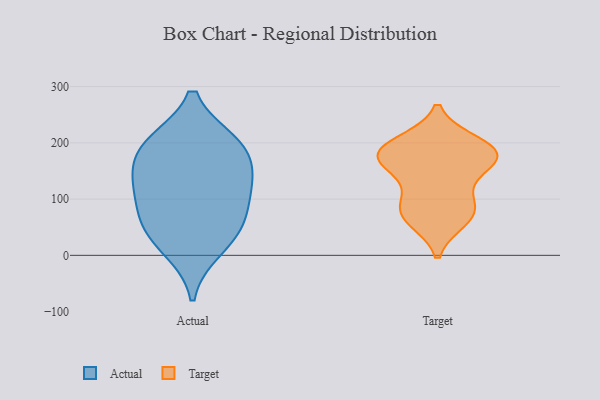
{"axis": {"x": "Page Views", "y": "Value"}, "legend": ["Actual", "Target"], "data": [{"x": "", "y": 200, "type": "Actual"}, {"x": "", "y": 124, "type": "Actual"}, {"x": "", "y": 143, "type": "Actual"}, {"x": "", "y": 77, "type": "Actual"}, {"x": "", "y": 61, "type": "Actual"}, {"x": "", "y": 40, "type": "Actual"}, {"x": "", "y": 11, "type": "Actual"}, {"x": "", "y": 191, "type": "Actual"}, {"x": "", "y": 199, "type": "Actual"}, {"x": "", "y": 129, "type": "Actual"}, {"x": "", "y": 95, "type": "Target"}, {"x": "", "y": 74, "type": "Target"}, {"x": "", "y": 199, "type": "Target"}, {"x": "", "y": 170, "type": "Target"}, {"x": "", "y": 178, "type": "Target"}, {"x": "", "y": 176, "type": "Target"}, {"x": "", "y": 189, "type": "Target"}, {"x": "", "y": 146, "type": "Target"}, {"x": "", "y": 64, "type": "Target"}, {"x": "", "y": 182, "type": "Target"}, {"x": "", "y": 80, "type": "Target"}]}